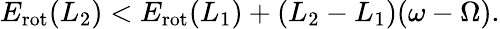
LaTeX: \begin{array}{r}{E_{\mathrm{rot}}(L_{2})<E_{\mathrm{rot}}(L_{1})+(L_{2}-L_{1})(\omega-\Omega).}\end{array}